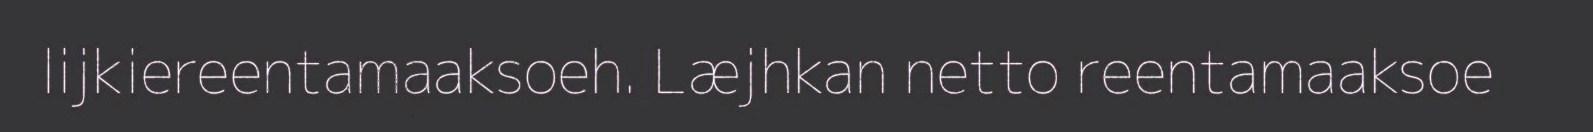
lijkiereentamaaksoeh. Læjhkan netto reentamaaksoe